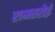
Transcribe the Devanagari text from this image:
रामतरोई